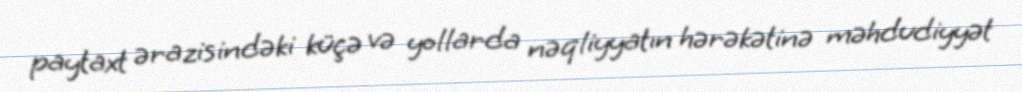
paytaxt ərazisindəki küçə və yollarda nəqliyyatın hərəkətinə məhdudiyyət